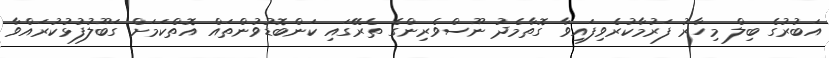
އަބުރުގެ ބިލް މިހާރު ފަރުމާކުރެވިފައިވާ ގޮތާމެދު ނޫސްވެރިންގެ ތެރޭގައި ކަންބޮޑުވުންތައް އޮތްކަމަށް ގަބޫލުފުޅުކުރައްވާ